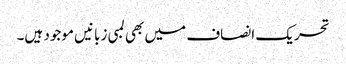
تحریک انصاف میں بھی لمبی زبانیں موجود ہیں۔